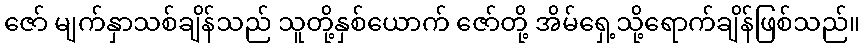
ဇော် မျက်နှာသစ်ချိန်သည် သူတို့နှစ်ယောက် ဇော်တို့ အိမ်ရှေ့သို့ရောက်ချိန်ဖြစ်သည်။